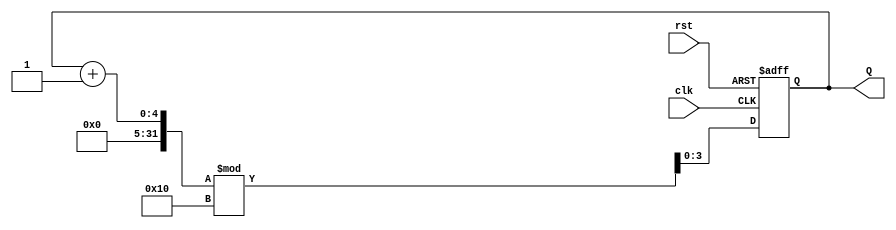
module binary_counter (
    input wire clk,       // Clock signal
    input wire rst,       // Asynchronous reset
    output reg [3:0] Q    // 4-bit output for counter
);

    // Always block sensitive to the clock's rising edge and the reset signal
    always @(posedge clk or posedge rst) begin
        if (rst) begin
            Q <= 4'b0000;  // Reset the counter to 0000
        end else begin
            Q <= (Q + 1) % 16; // Increment the counter and wrap around at 16
        end
    end

endmodule